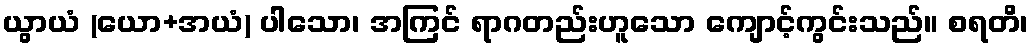
ယွာယံ (ယော+အယံ) ပါသော၊ အကြင် ရာဂတည်းဟူသော ကျောင့်ကွင်းသည်။ စရတိ၊